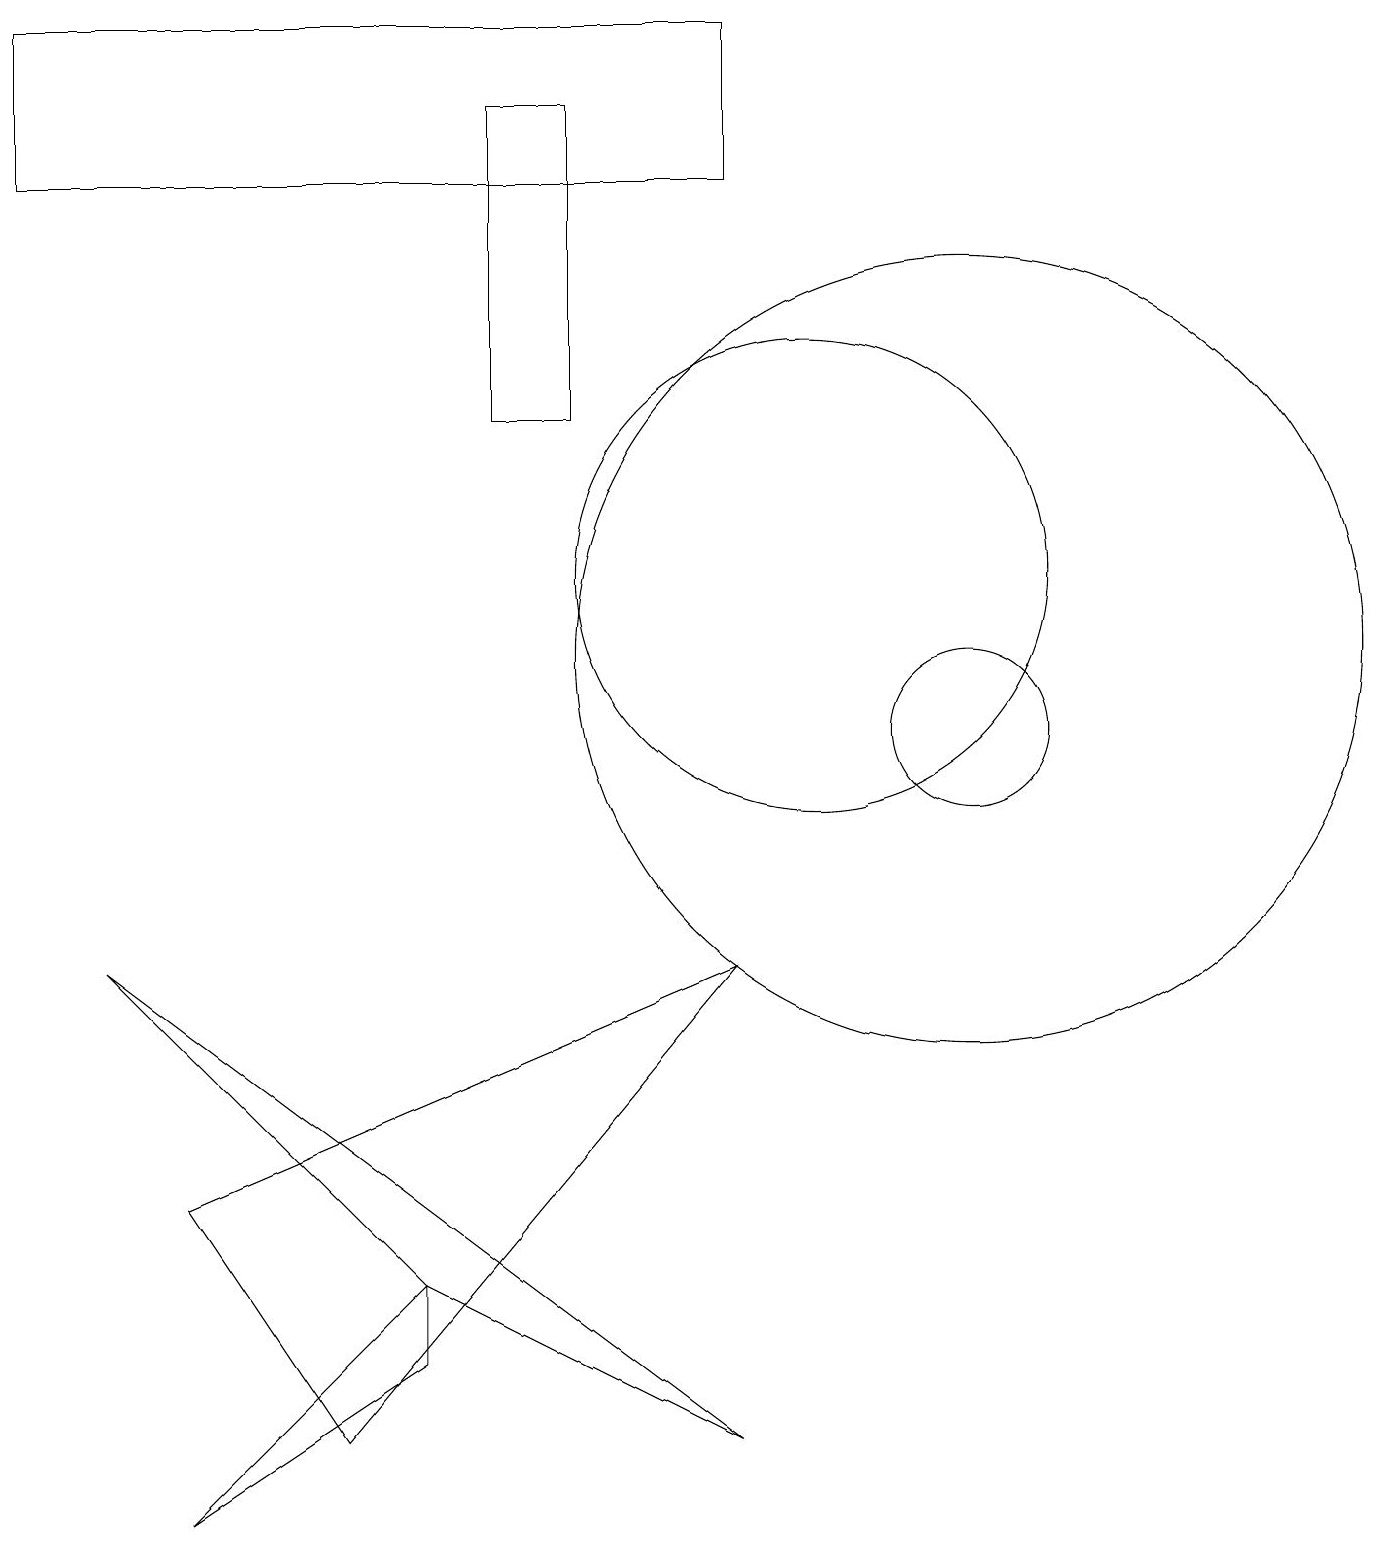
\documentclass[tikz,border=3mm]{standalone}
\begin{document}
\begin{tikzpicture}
\draw (7,18) rectangle (6,14);
\draw (12,10) circle (1);
\draw (12,11) circle (5);
\draw (5,3) -- (2,0) -- (5,2) -- cycle;
\draw (9,7) -- (4,1) -- (2,4) -- cycle;
\draw (5,3) -- (1,7) -- (9,1) -- cycle;
\draw (10,12) circle (3);
\draw (9,19) rectangle (0,17);
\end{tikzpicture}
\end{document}